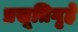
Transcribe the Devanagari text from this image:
प्रसूतिगृहे